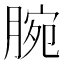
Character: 腕